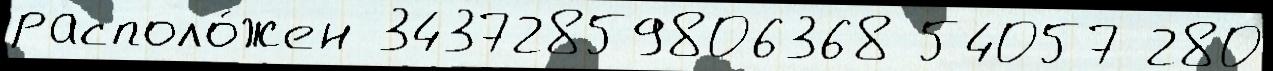
располо́жен 34372859806368 54057 280